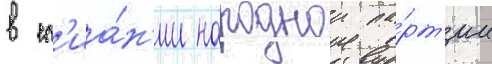
в сл'иа́н'ии народнои па́рт'ии